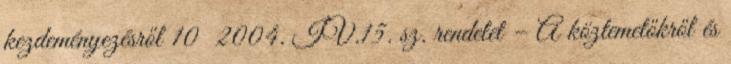
kezdeményezésről 10 2004. IV.15. sz. rendelet – A köztemetőkről és